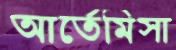
আর্তেমিসা